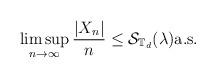
LaTeX: \begin{align*}\limsup_{n\to\infty}\frac{|X_n|}{n}\le \mathcal{S}_{\mathbb{T}_d}(\lambda)\hbox{\rm a.s.}\end{align*}